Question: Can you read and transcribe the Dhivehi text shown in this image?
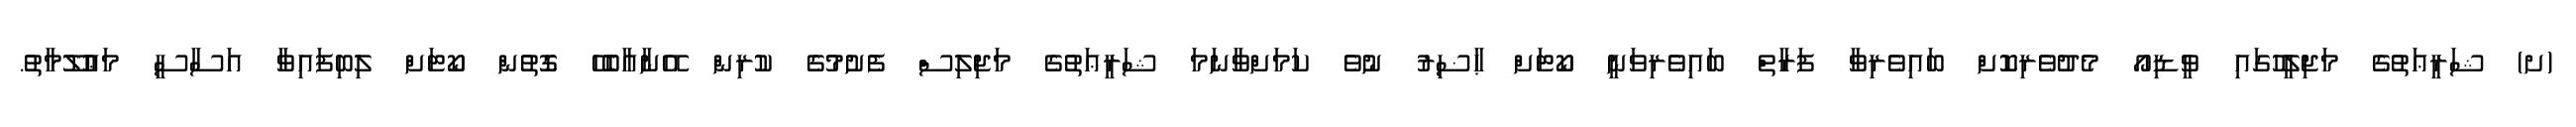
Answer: (ށ) ޝަރީޢަތުގެ މަޖިލީހުގައި ވީޑިއޯ މެދުވެރިކޮށް ބައިވެރިވާ ފަރާތް ބައިވެރިވަނީ ކޯޓަށް ޙާޟިރު ނުވެ ކަމަށްވާނަމަ ޝަރީޢަތުގެ މަޖިލިސް ފެށުމުގެ ކުރިން އޭނާއާބެހޭ ގޮތުން ކޯޓަށް ލިބިފައިވާ އަސާސީ މަޢުލޫމާތު.